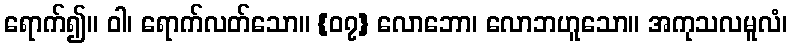
ရောက်၍။ ဝါ၊ ရောက်လတ်သော။ {၀၇} လောဘော၊ လောဘဟူသော။ အကုသလမူလံ၊